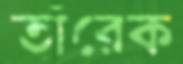
তাঁরেক